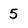
Character: 5